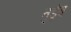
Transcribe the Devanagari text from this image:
तुडूंब